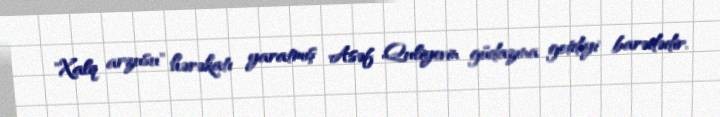
"Xalq arzusu" hərəkatı yaratmış Asəf Quliyevin güdazına getdiyi barədədir.